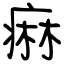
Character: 痲